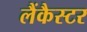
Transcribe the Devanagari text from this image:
लैंकैस्टर